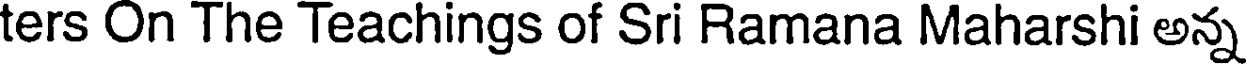
ters On The Teachings of Sri Ramana Maharshi అన్న